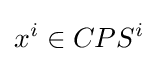
x^{i}\in CPS^{i}